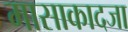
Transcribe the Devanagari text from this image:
मासाकादजा